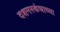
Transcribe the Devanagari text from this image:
दशमस्कंधाच्या